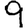
Digit: 9